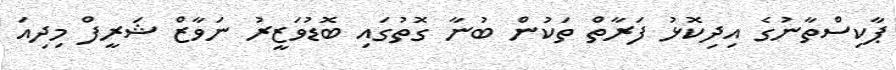
ޕާކިސްތާނުގެ އިދިކޮޅު ފަރާތް ތަކުން ބުނާ ގޮތުގައި ބޮޑުވަޒީރު ނަވާޒް ޝަރީފް މިދިއަ